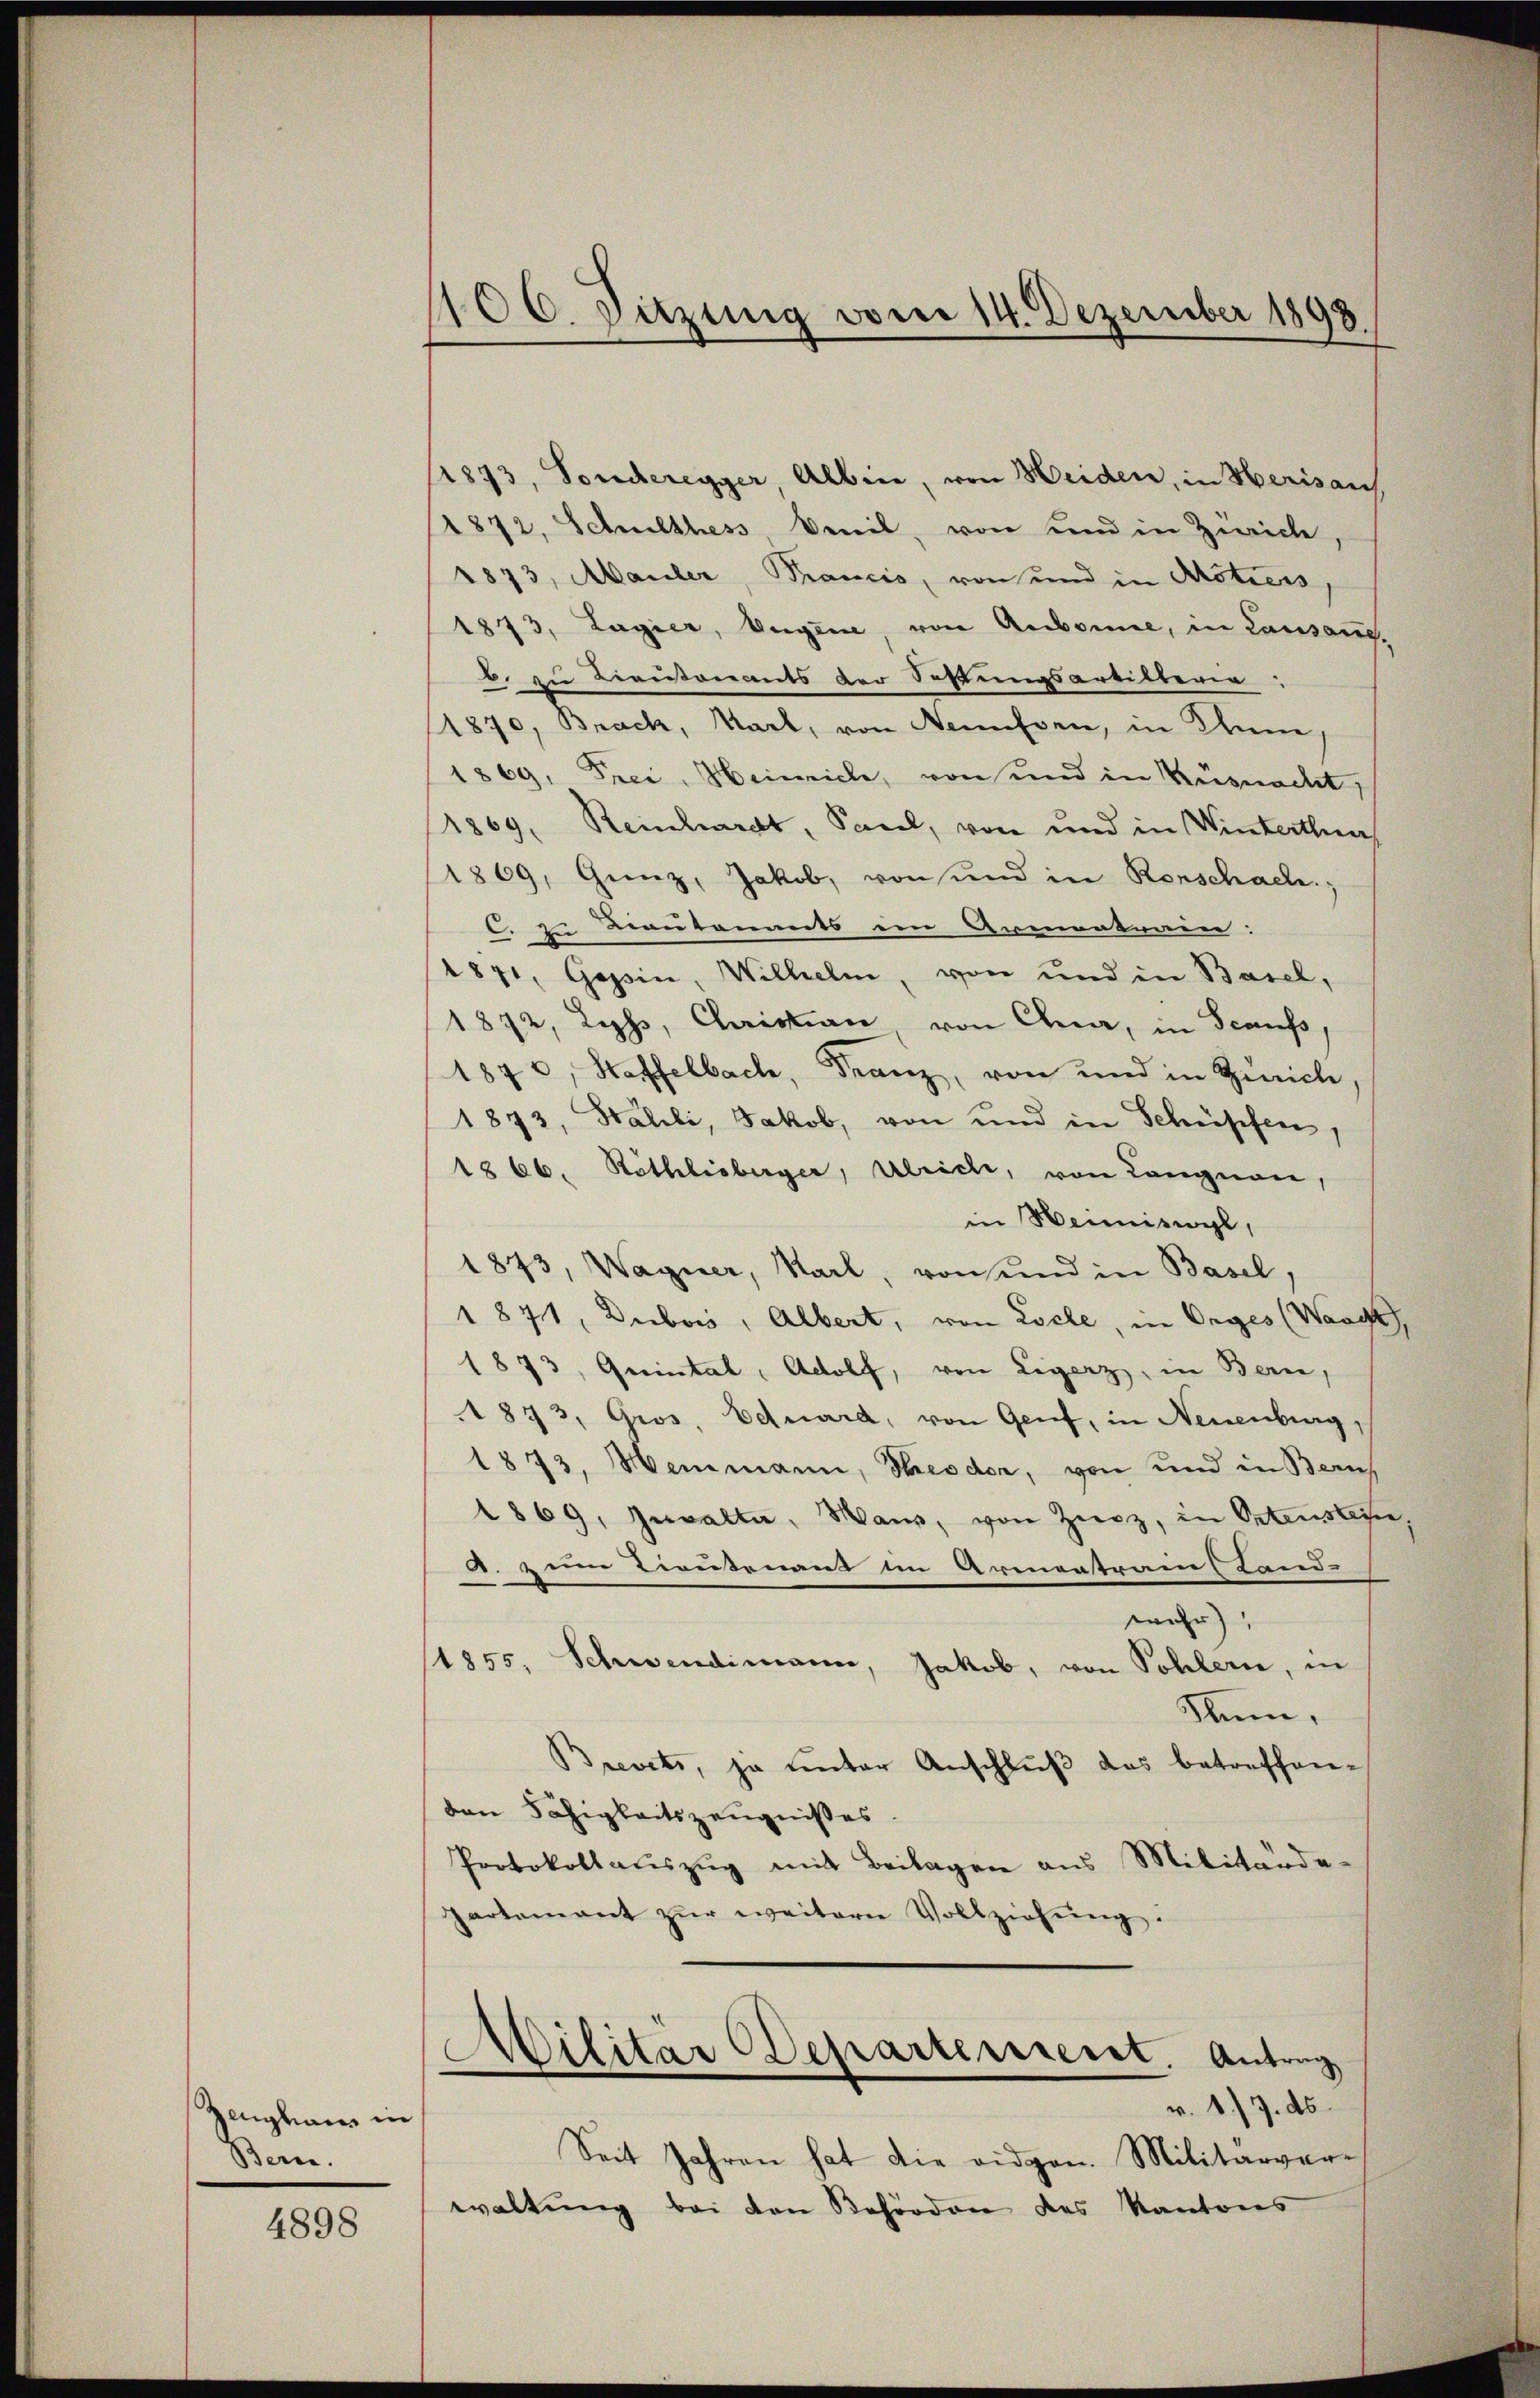
Zeughaus in
Bem.

4898

1106. Sitzung vom 14. Dezember 1898.

1873, Soucheregger, Albin, von Heiden, in Herisans
1872, Schulthes Beil, von und in Zwicke,
1873, Mauler, Krancis, von und in Actiers
1873, Lagier, Augen, von Aubonne, in Lausaug.
b. zu Lieutenants der Soffungsartilteria
1870, Brach, Karl, von Semessen, in Anne
1869, Frei, Heinrich, von und in Küsnacht,
1869, Reinhardt, Pacel, von und in Wintertha
1869, Gunz, Jakob, von und in Rorschach,
C. z. Bautenants ein Armentrain:
1871, Gessin, Wilhelm, von und in Basel,
1872, Lefs, Christian von Ana, in Scaufs
1870, Haffelbach, Franz, von und in Zürich
1873, Stalli, Jakob, von und in Schüpfen,
1866. Stothlisberger, Ulrich, von Langnau,
in Heimiswyl,
1843, Wagner, Karl, von und in Basel,
1871, Dubois, Albert, von Loche, in Orges (Waage
1873, Quintal, Adolf, von Ligerz, in Bern,
1873, Gros, Eduard, von Genf, in Neuenburg,
1873, Heimann, Theodor, von und in Bern
1869, Invalta, Mann, von Zierz, in Ortenstein
A. zum Tieutenant im Armentrains Land-
e
wahr),
1855, Schwendimann, Jakob, von Sohlern, in
Num,
Brevets, ja unter Anschluß das betreffenden Fähigkeitszeugnißes
Protokollaŭszŭg mit Beilagen ans Militärde
partement zŭr weitern Vollziehŭng.
Militär Departement. Antrag
v. 17. ds.
Seit Jahren hat die eidgen. Militärverwaltung bei von Behörden des Kantons